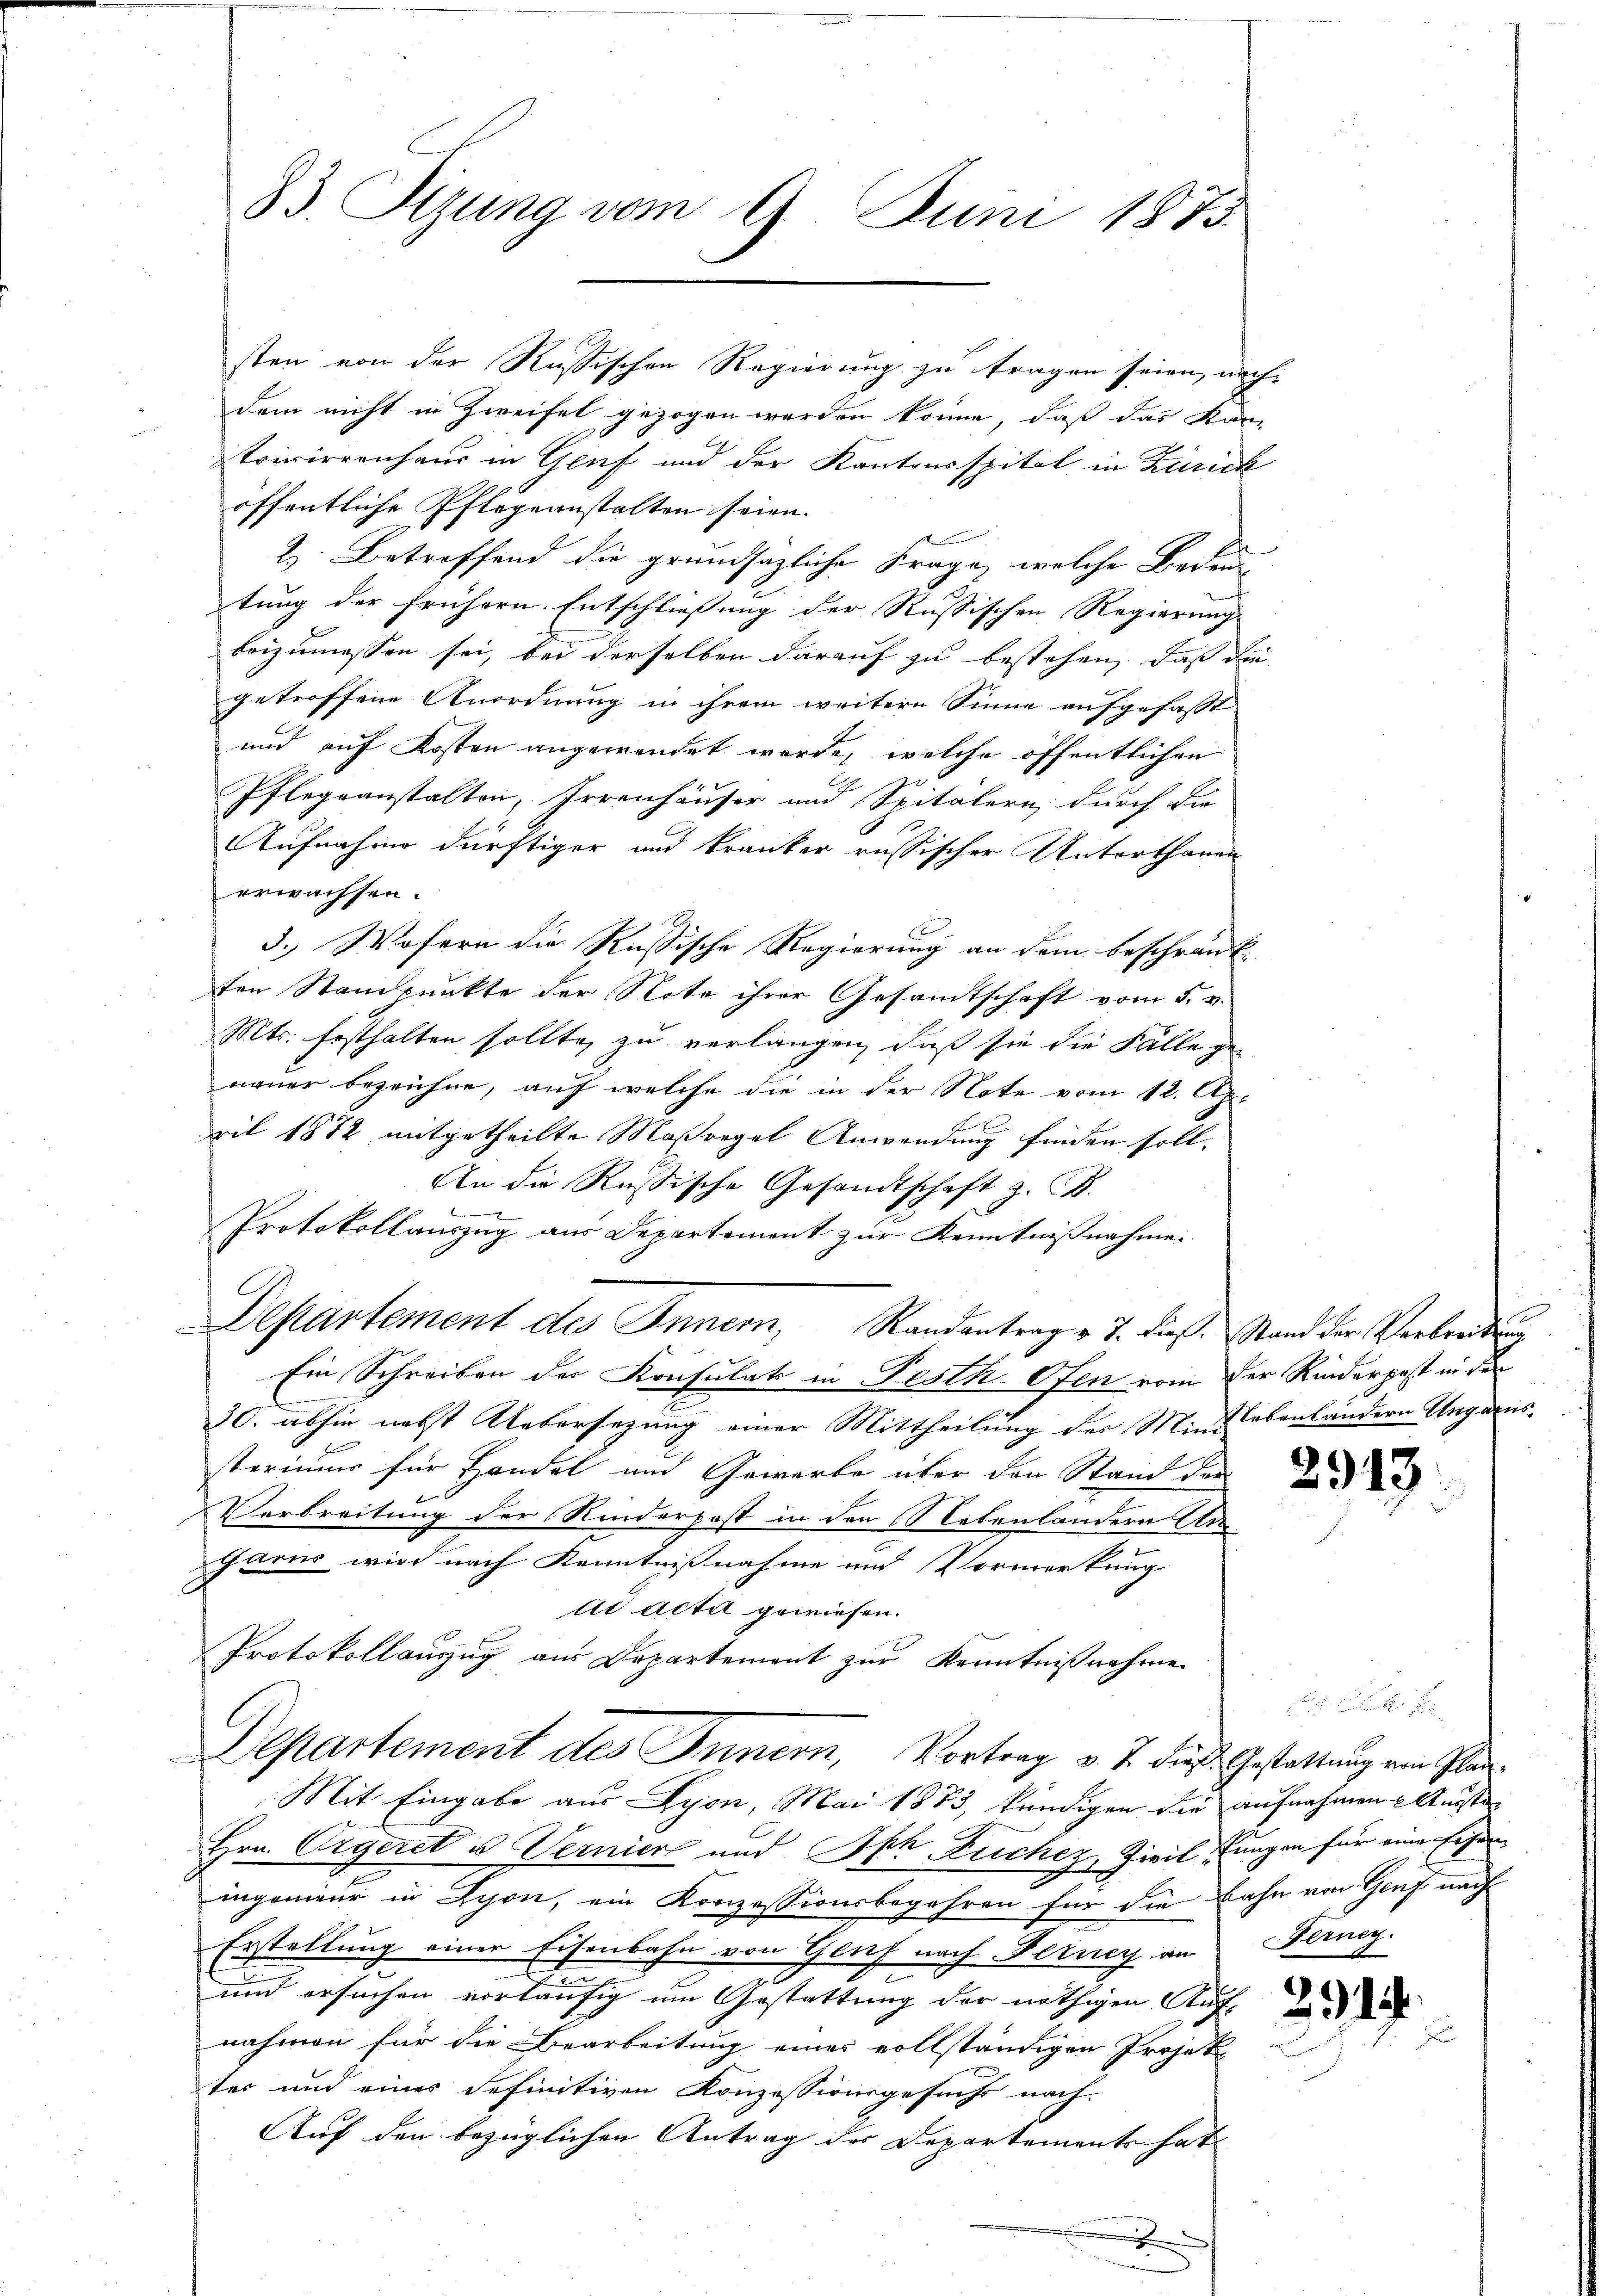
83. Sizung vom 9. Juni 1875.

dem nicht in Zweifel gezogen werden könne, daß das Kan-
trivirrenhaus in Genf und der Kantonsspital in Zürick
öffentliche Pflegeanstalten seien.
2. Betreffend die grundsazliche Frage, welche Bedeu
tung der frühern Entschliessung der Russischen Regierung |
beizumessen sei, bei derselben darauf zu bestehen, dass die
getroffene Anordnung in ihrem weitere Sinne aufgefasst
und auf Kosten angewendet werde, welche öffentlichen
Pflegeanstalten, Irrenhäuser und Spitälern, durch die
Aufnahme dürftiger und kranker russischer Unterthanen
erwachsen.
3. Wofern die Russische Regierung an dem beschränk
ten Standpunkte der Note ihrer Gesandtschaft vom 5. v.
Mts. festhalten sollte, zu verlangen, daß sie die Fälle ge-
nauer bezeichne, auf welche die in der Note vom 12. Appil 1872 mitgetheilte Maßregel Anwendung finden soll.
An die Russische Gesandtschaft z. B.
Protokollauszug aus Departement zur Kenntnißnahme.
Departement des Innern, Randantrag v. J. dies. Stand der Verbreitung
Ein Schreiben der Konsulat in Festh Ofen vom der Kinderpest in der
30. abhin nebst Uebersezung einer Mittheilung der Mindebenländern Ungarnssterium für Handel und Gewerbe über den Stand der
Verbreitung der Kinderpost in den Notenlandern An¬
Garns wird nach Kenntnißnahme und Vormerkung
ti acta gewiesen.
Protokollauszug aus Departemont zur Kenntnißnahme
Departement des Innern, Vortrag v. J. dieß Gestattung von Plan¬
Mit Eingabe aus Lyon, Mai 1883, kündigen die aufnahmen Ansten
Hrn. Eigeret u. Verniert und Oph Bucher, Zivil, ungen für eine sehen
ingenieur in Lyon, ein Konzessionsbegehren für die Bahn von Genf nach
Erstellung einer Eisenbahn von Genf nach Ferney an
und ersuchen vorläufig um Gestattung der nöthigen Auf-
nahmen für die Bearbeitung eines vollständigen Projek-
ter und eines definitiven Konzessionsgesuchs nach
Auf den bezüglichen Antrag der Departements hat
x

sten von der Russischen Regierung zu tragen seien, nach

u

2913

Ferneg

21